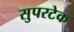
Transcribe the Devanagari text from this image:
सुपरटेक